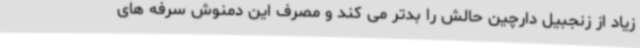
زیاد از زنجبیل دارچین حالش را بدتر می کند و مصرف این دمنوش سرفه های